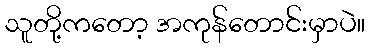
သူတို့ကတော့ အကုန်တောင်းမှာပဲ။